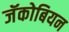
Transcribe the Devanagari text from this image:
जॅकोबियन